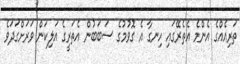
ތަރިއެއްގެ އެންމެ އެތެރޭގައި ހިނގާ އެ ގޮވުމުގެ ސަބަބުން އެތަރީގެ އަލިކަން ވަރަށްގަދަވެ